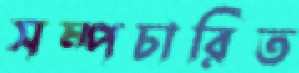
সম্পচারিত